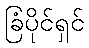
ခြံပိုင်ရှင်